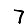
Digit: 7